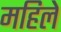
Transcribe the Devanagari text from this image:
महिले